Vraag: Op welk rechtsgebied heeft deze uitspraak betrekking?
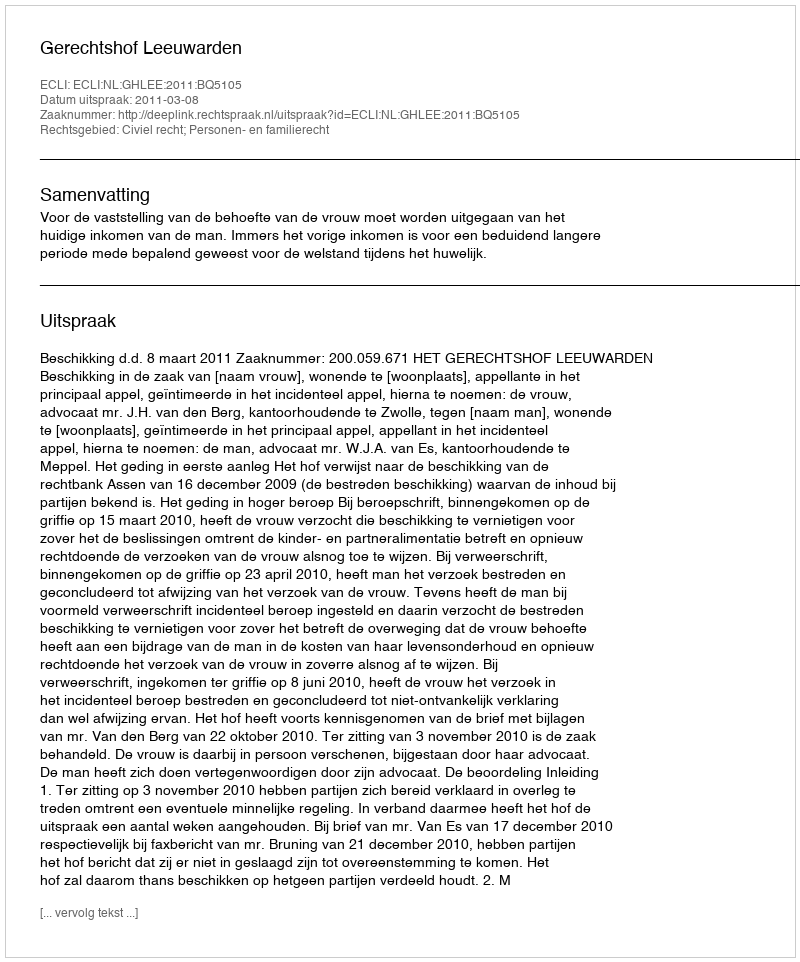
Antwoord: Civiel recht; Personen- en familierecht